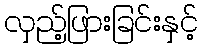
လှည့်ဖြားခြင်းနှင့်